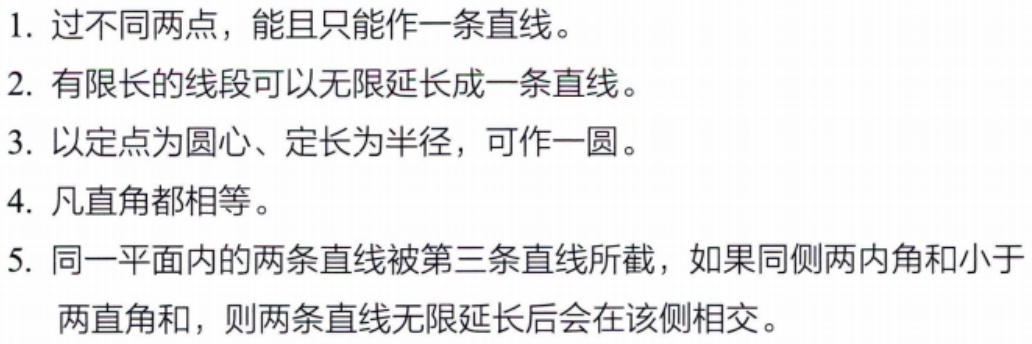
1. 过不同两点，能且只能作一条直线。

2. 有限长的线段可以无限延长成一条直线。

3. 以定点为圆心、定长为半径，可作一圆。

4. 凡直角都相等。

5. 同一平面内的两条直线被第三条直线所截，如果同侧两内角和小于两直角和，则两条直线无限延长后会在该侧相交。